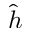
\hat { h }